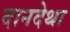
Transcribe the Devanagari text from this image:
दानदेथा